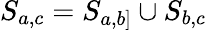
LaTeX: S_{a,c}=S_{a,b]}\cup S_{b,c}